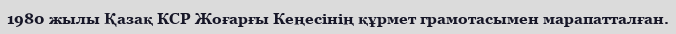
1980 жылы Қазақ КСР Жоғарғы Кеңесінің құрмет грамотасымен марапатталған.